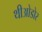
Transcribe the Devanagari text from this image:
थीओडोर